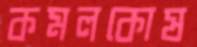
কমলকোষ